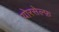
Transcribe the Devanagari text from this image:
योरसेल्फ़